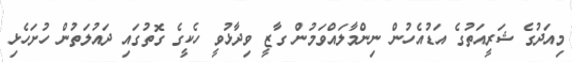
މިއަދުގެ ޝަރީއަތުގެ އަޑުއެހުން ނިންމާލައްވަމުން ގާޒީ ވިދާޅުވީ ހެކީގެ ގޮތުގައި ދައުލަތުން ހުށަހެޅި